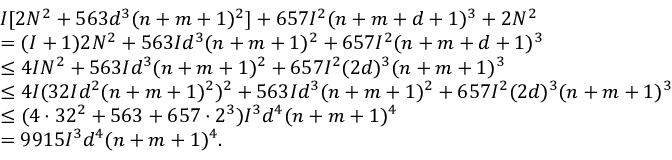
\begin{array} { r l } & { I [ 2 N ^ { 2 } + 5 6 3 d ^ { 3 } ( n + m + 1 ) ^ { 2 } ] + 6 5 7 I ^ { 2 } ( n + m + d + 1 ) ^ { 3 } + 2 N ^ { 2 } } \\ & { = ( I + 1 ) 2 N ^ { 2 } + 5 6 3 I d ^ { 3 } ( n + m + 1 ) ^ { 2 } + 6 5 7 I ^ { 2 } ( n + m + d + 1 ) ^ { 3 } } \\ & { \leq 4 I N ^ { 2 } + 5 6 3 I d ^ { 3 } ( n + m + 1 ) ^ { 2 } + 6 5 7 I ^ { 2 } ( 2 d ) ^ { 3 } ( n + m + 1 ) ^ { 3 } } \\ & { \leq 4 I ( 3 2 I d ^ { 2 } ( n + m + 1 ) ^ { 2 } ) ^ { 2 } + 5 6 3 I d ^ { 3 } ( n + m + 1 ) ^ { 2 } + 6 5 7 I ^ { 2 } ( 2 d ) ^ { 3 } ( n + m + 1 ) ^ { 3 } } \\ & { \leq ( 4 \cdot 3 2 ^ { 2 } + 5 6 3 + 6 5 7 \cdot 2 ^ { 3 } ) I ^ { 3 } d ^ { 4 } ( n + m + 1 ) ^ { 4 } } \\ & { = 9 9 1 5 I ^ { 3 } d ^ { 4 } ( n + m + 1 ) ^ { 4 } . } \end{array}